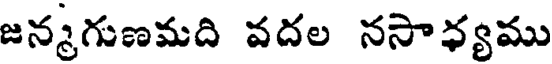
జన్మగుణమది వదల నసాధ్యము